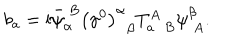
LaTeX: b _ { a } = \mathrm { i } \bar { \psi } _ { \alpha } ^ { \; B } \left( \gamma ^ { 0 } \right) _ { \; \; \beta } ^ { \alpha } T _ { a \; \; B } ^ { A } \psi _ { \; A } ^ { \beta } .